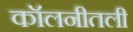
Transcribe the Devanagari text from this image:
कॉलनीतली